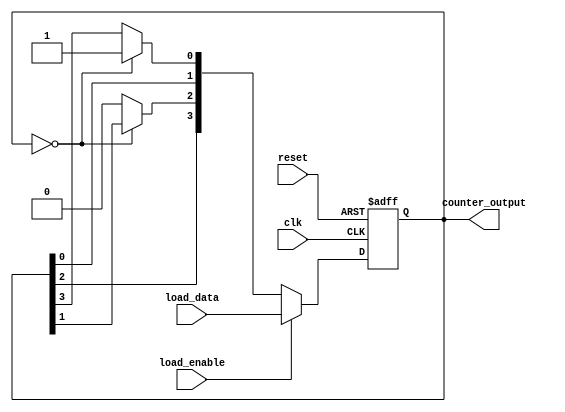
module LoadableRingCounter #(
    parameter N = 4 // Parameter for the bit-width of the counter
)(
    input wire clk,                // Clock signal
    input wire reset,              // Asynchronous reset signal
    input wire load_enable,        // Load enable signal
    input wire [N-1:0] load_data,  // Data to load into the counter
    output reg [N-1:0] counter_output // Current state of the ring counter
);

// Internal signal for the next state
reg [N-1:0] next_state;

// Asynchronous reset and load logic
always @(posedge clk or posedge reset) begin
    if (reset) begin
        counter_output <= {N{1'b0}}; // Reset all flip-flops to zero
    end else if (load_enable) begin
        counter_output <= load_data; // Load new data into counter
    end else begin
        counter_output <= next_state; // Update the counter to the next state
    end
end

// Logic to determine the next state of the ring counter
always @(*) begin
    next_state = {counter_output[N-2:0], counter_output[N-1]}; // Shift left
    if (counter_output == {N{1'b0}}) begin
        next_state[0] = 1'b1; // Start counting from the first position
    end else begin
        next_state[(N-1) - 1] = 1'b0; // The last position loops back to the first
    end
end

endmodule